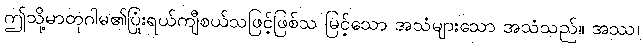
ဤသို့မာတုဂါမ၏ပြုံးရယ်ကျီစယ်သဖြင့်ဖြစ်သ မြင့်သော အသံများသော အသံသည်။ အဿ၊